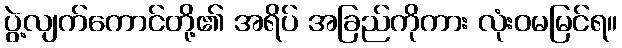
ပွဲ့လျက်ကောင်တို့၏ အရိပ် အခြည်ကိုကား လုံးဝမမြင်ရ။